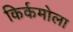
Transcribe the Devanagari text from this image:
किर्कमोला